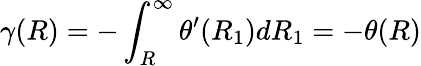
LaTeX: \gamma(R)=-\int_{R}^{\infty}\theta^{\prime}(R_{1})dR_{1}=-\theta(R)